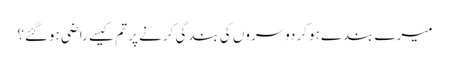
میرے بندے ہوکر دوسروں کی بندگی کرنے پر تم کیسے راضی ہوگئے؟